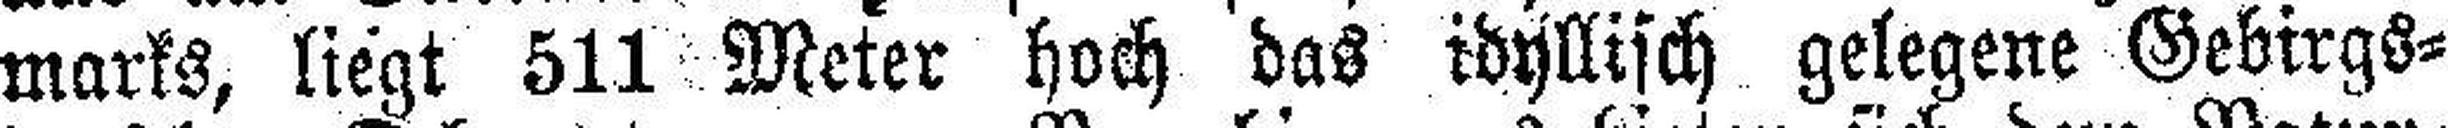
marks, liegt 511 Meter hoch das idyllisch gelegene Gebirgs¬